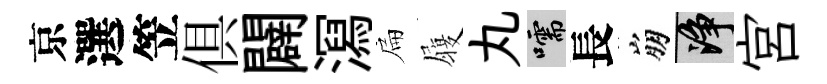
京選笠俱闢㵼扁履丸嚅長崩净宮